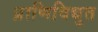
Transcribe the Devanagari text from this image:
प्राणिविद्युत